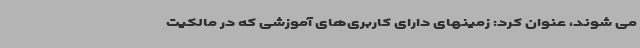
می شوند، عنوان کرد: زمینهای دارای کاربری‌های آموزشی که در مالکیت